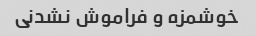
خوشمزه و فراموش نشدنی